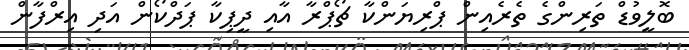
ބޮލީވުޑް ތަރިންގެ ތެރެއިން ޕްރިޔަންކާ ޗޯޕްރާ އާއި ދީޕިކާ ޕަދްކޯން އަދި އިރްފާން